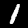
Digit: 1